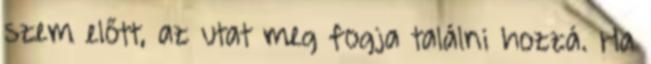
szem előtt, az utat meg fogja találni hozzá. Ha